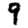
Digit: 9